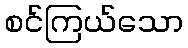
စင်ကြယ်သော